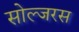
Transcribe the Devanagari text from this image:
सोल्जरस